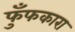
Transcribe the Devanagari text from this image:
फुँफकारा